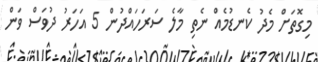
މިގޮތަށް މެދު ކެނޑުމެއް ނެތި މާލެ ސަރަހައްދުން 5 އަހަރު ދުވަސް ވަން